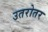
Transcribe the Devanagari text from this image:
उतरोतर